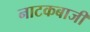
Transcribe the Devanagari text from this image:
नाटकबाजी